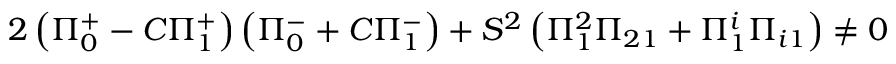
2 \left( \Pi _ { 0 } ^ { + } - C \Pi _ { 1 } ^ { + } \right) \left( \Pi _ { 0 } ^ { - } + C \Pi _ { 1 } ^ { - } \right) + S ^ { 2 } \left( \Pi _ { 1 } ^ { 2 } \Pi _ { 2 1 } + \Pi _ { 1 } ^ { i } \Pi _ { i 1 } \right) \neq 0